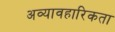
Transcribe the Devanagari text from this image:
अव्यावहारिकता